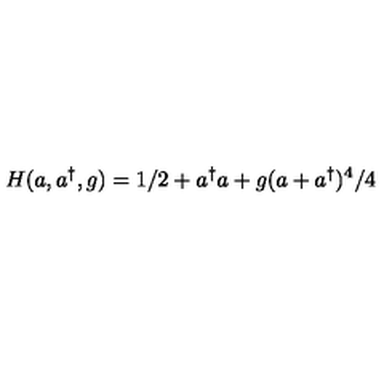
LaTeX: H ( a , a ^ { \dag } , g ) = 1 / 2 + a ^ { \dag } a + g ( a + a ^ { \dag } ) ^ { 4 } / 4